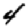
Digit: 4